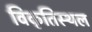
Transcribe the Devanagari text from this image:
विकृतिस्थल